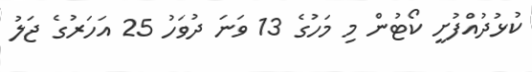
ކުޅުދުއްފުށީ ކޯޓުން މި މަހުގެ 13 ވަނަ ދުވަހު 25 އަހަރުގެ ޖަލު